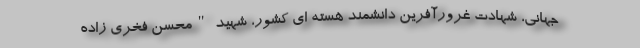
جهانی، شهادت غرورآفرین دانشمند هسته ای کشور، شهید "محسن فخری زاده